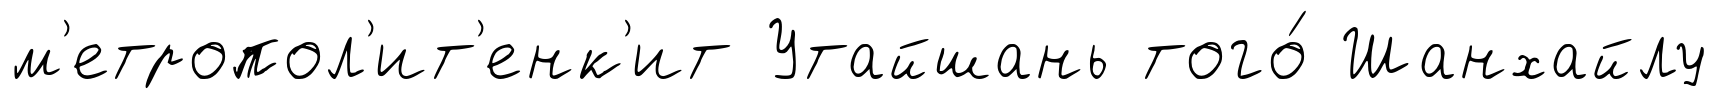
м'етропол'ит'енк'ит Утайшань того́ Шанхайлу